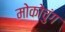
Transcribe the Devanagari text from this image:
मोकोचुंग